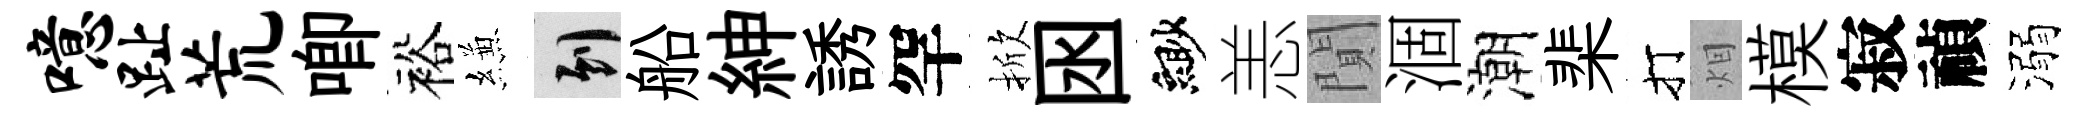
噫趾荒唧裕縑到船紳誘罕掀囦緲恙閴涸潮棐打𤇆模寂禎溺